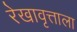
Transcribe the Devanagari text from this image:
रेखावृत्ताला